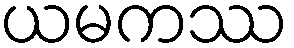
ယမကဿ